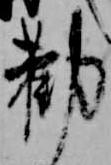
勧